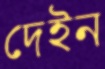
দেইন